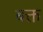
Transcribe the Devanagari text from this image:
बक्त